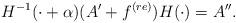
LaTeX: \begin{align*}H^{-1}(\cdot+\alpha)(A'+f^{(re)} )H(\cdot)=A''.\end{align*}